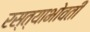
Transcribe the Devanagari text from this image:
रस्त्याभोवती